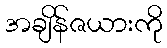
အချိန်ဇယားကို